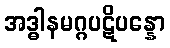
အဒ္ဓါနမဂ္ဂပဋိပန္နော